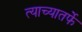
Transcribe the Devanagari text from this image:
त्याच्यातर्फे